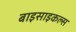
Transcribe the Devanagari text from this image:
बाइसाइकल्स